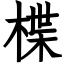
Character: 楪